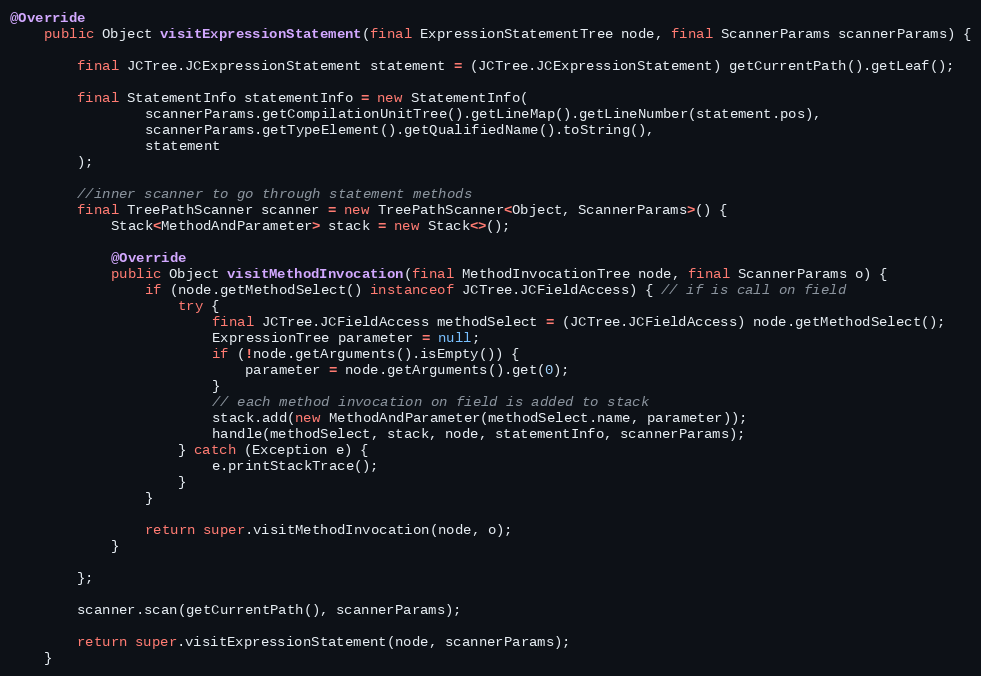
Language: Java
@Override
    public Object visitExpressionStatement(final ExpressionStatementTree node, final ScannerParams scannerParams) {

        final JCTree.JCExpressionStatement statement = (JCTree.JCExpressionStatement) getCurrentPath().getLeaf();

        final StatementInfo statementInfo = new StatementInfo(
                scannerParams.getCompilationUnitTree().getLineMap().getLineNumber(statement.pos),
                scannerParams.getTypeElement().getQualifiedName().toString(),
                statement
        );

        //inner scanner to go through statement methods
        final TreePathScanner scanner = new TreePathScanner<Object, ScannerParams>() {
            Stack<MethodAndParameter> stack = new Stack<>();

            @Override
            public Object visitMethodInvocation(final MethodInvocationTree node, final ScannerParams o) {
                if (node.getMethodSelect() instanceof JCTree.JCFieldAccess) { // if is call on field
                    try {
                        final JCTree.JCFieldAccess methodSelect = (JCTree.JCFieldAccess) node.getMethodSelect();
                        ExpressionTree parameter = null;
                        if (!node.getArguments().isEmpty()) {
                            parameter = node.getArguments().get(0);
                        }
                        // each method invocation on field is added to stack
                        stack.add(new MethodAndParameter(methodSelect.name, parameter));
                        handle(methodSelect, stack, node, statementInfo, scannerParams);
                    } catch (Exception e) {
                        e.printStackTrace();
                    }
                }

                return super.visitMethodInvocation(node, o);
            }

        };

        scanner.scan(getCurrentPath(), scannerParams);

        return super.visitExpressionStatement(node, scannerParams);
    }